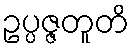
ဥပ္ပဇ္ဇတူတိ